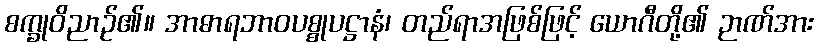
စက္ခုဝိညာဉ်၏။ အာဓာရဘာဝပစ္စုပဋ္ဌာနံ၊ တည်ရာအဖြစ်ဖြင့် ယောဂီတို့၏ ဉာဏ်အား